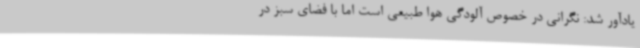
یادآور شد: نگرانی در خصوص آلودگی هوا طبیعی است اما با فضای سبز در